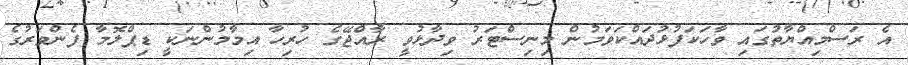
އެ ރަސްމިއްޔާތުގައި ވާހަކަފުޅުދައްކަވަމުން މިނިސްޓަރު ވިދާޅުވީ ރާއްޖޭގެ ހުރިހާ އިމާމުންނަކީ ޑިޕްލޮމާ ފެންވަރުގެ